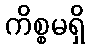
ကိစ္စမရှိ